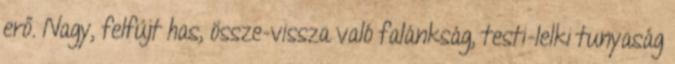
erő. Nagy, felfújt has, össze-vissza való falánkság, testi-lelki tunyaság